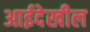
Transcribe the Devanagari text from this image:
आईदेखील